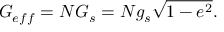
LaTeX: G _ { e f f } = N G _ { s } = N g _ { s } \sqrt { 1 - e ^ { 2 } } .